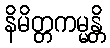
နိမိတ္တကမ္မန္တိ